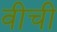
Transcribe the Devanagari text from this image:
वीची